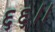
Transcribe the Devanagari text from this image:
६६।।